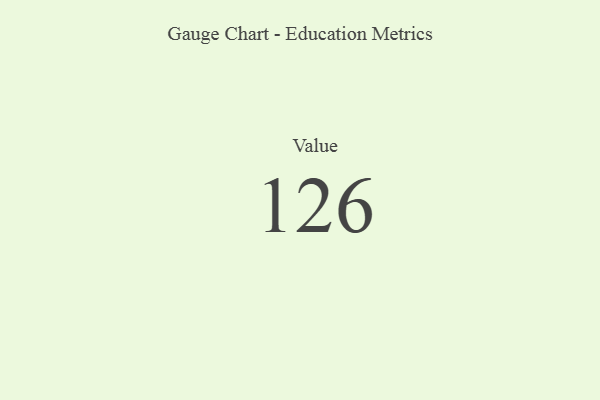
{"axis": {"x": "Metric", "y": "Value"}, "legend": [""], "data": [{"x": "Value", "y": 126, "type": ""}]}